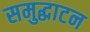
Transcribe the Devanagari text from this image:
समुद्घाटन